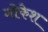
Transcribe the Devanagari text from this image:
गोकेश